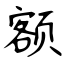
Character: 额